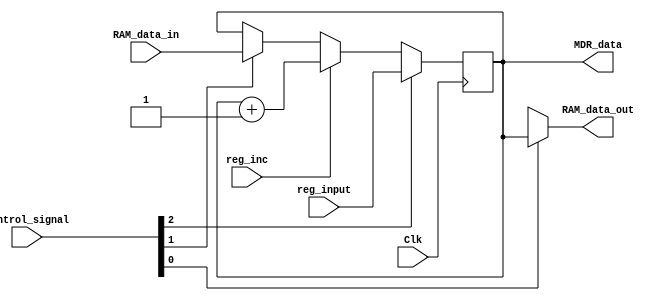
`timescale 1ns / 1ps

module MDR_Register(
 reg_input,
 Clk,
 MDR_data,
 reg_inc,
 RAM_data_in,
 RAM_data_out,
 control_signal


    );
//B & C bus
input [15:0] reg_input;
input Clk;
output [15:0] MDR_data;
input reg_inc;
reg [15:0] MDR_data;

//RAM 
input [15:0] RAM_data_in;
output [15:0] RAM_data_out;
//control signal
input [2:0] control_signal;

wire reg_load; //bus
wire reg_ram_load; 
wire reg_load_ram;

assign reg_load = control_signal[2];
assign reg_ram_load = control_signal[1];
assign reg_load_ram = control_signal[0];

assign RAM_data_out =  reg_load_ram ? MDR_data :16'bx;


always @(posedge Clk)
		begin
			if (reg_load)
				begin
					MDR_data <=reg_input;
				end
			else if(reg_inc)
					begin
						MDR_data <= MDR_data+8'b1;
					end
			else if(reg_ram_load)
					begin
						MDR_data <= RAM_data_in;
					end
		end

endmodule